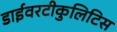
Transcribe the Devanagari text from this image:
डाईवरटीकुलिटिस